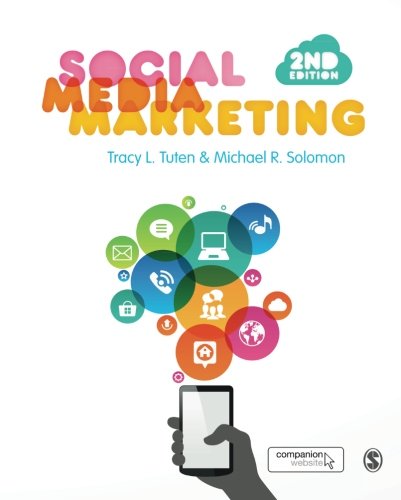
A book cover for Social Media Marketing; Tracy L. Tuten; Business & Money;